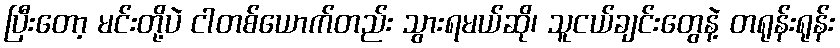
ပြီးတော့ မင်းတို့ပဲ ငါတစ်ယောက်တည်း သွားရမယ်ဆို၊ သူငယ်ချင်းတွေနဲ့ တရုန်းရုန်း